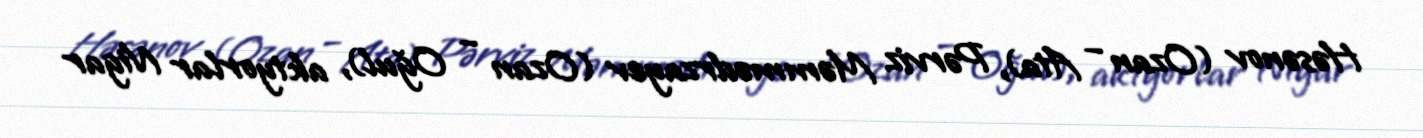
Həsənov (Ozan – Ata), Pərviz Məmmədrzayev (Ozan – Oğul), aktyorlar Nigar